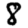
Digit: 8